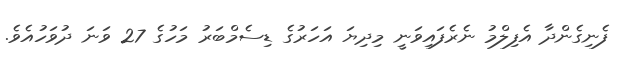
ފެނިގެންދާ އެފިލްމު ނެރެފައިވަނީ މިދިޔަ އަހަރުގެ ޑިސެމްބަރު މަހުގެ 27 ވަނަ ދުވަހުއެވެ.